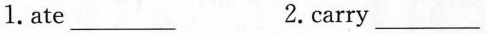
1. ate ___ 2.carry ___